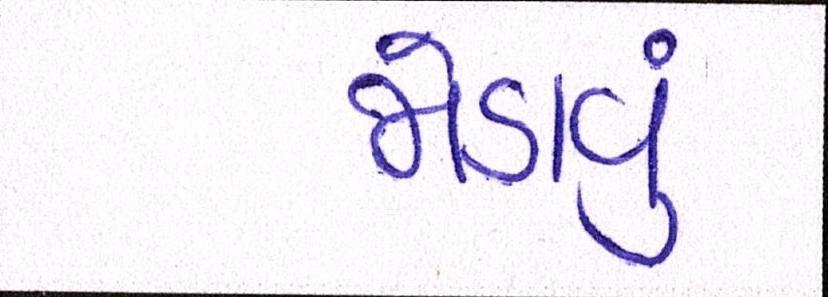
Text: જોડાવું